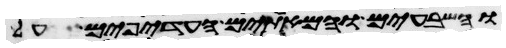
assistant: והשבעים והמאתים העדפים על